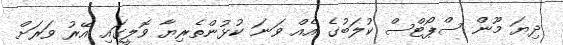
ދިޔަ މޫން ސްޕޯޓްސް ކުލަބުގެ އެއް ވަނަ ކުޅުންތެރިޔާ ވޮލީގައި އޭރު ވަރަށް